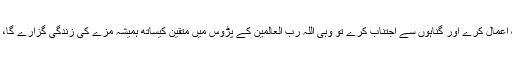
یقینا ایسا شخص خوشخبری کا مستحق ہے جو نیک اعمال کرے اور گناہوں سے اجتناب کرے تو وہی اللہ رب العالمین کے پڑوس میں متقین کیساتھ ہمیشہ مزے کی زندگی گزارے گا، اور نعمتوں والی جنتوں میں رضائے الہی پائے گا۔